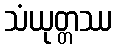
သံယုတ္တဿ